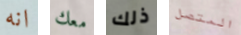
انه معك ذلك المتصل